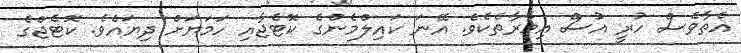
އެތާވެސް ހުރީ އުސް އިމާރާތެކެވެ. އޭނަ ކައިލްމެންގެ ކޮޓެޖާއި ހަމަޔަށް ދިޔައެވެ. ކޮޓެޖްގެ